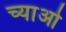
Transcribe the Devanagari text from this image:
च्याओ